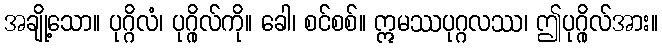
အချို့သော။ ပုဂ္ဂိလံ၊ ပုဂ္ဂိုလ်ကို။ ခေါ၊ စင်စစ်။ ဣမဿပုဂ္ဂလဿ၊ ဤပုဂ္ဂိုလ်အား။